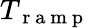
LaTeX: T_{\mathrm{~r~a~m~p~}}